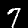
Digit: 7